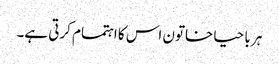
ہر با حیا خاتون اس کا اہتمام کرتی ہے۔